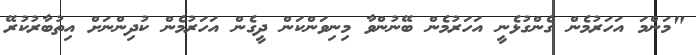
"މަންމަ އަހަރުމެން ގެންގުޅެނީ އަހަރުމެން ބޭނުންވާ މިނިވަންކަން ދީގެން އަހަރުމެން ކުދިންނަށް އިތުބާރުކުރޭ